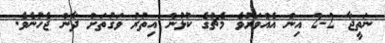
ނަތީޖާ 2-2 އިން އެއްވަރުވެ މެޗުގެ ކުޅުން އިތުރު ވަގުތަށް ދާން ޖެހުނެވެ.